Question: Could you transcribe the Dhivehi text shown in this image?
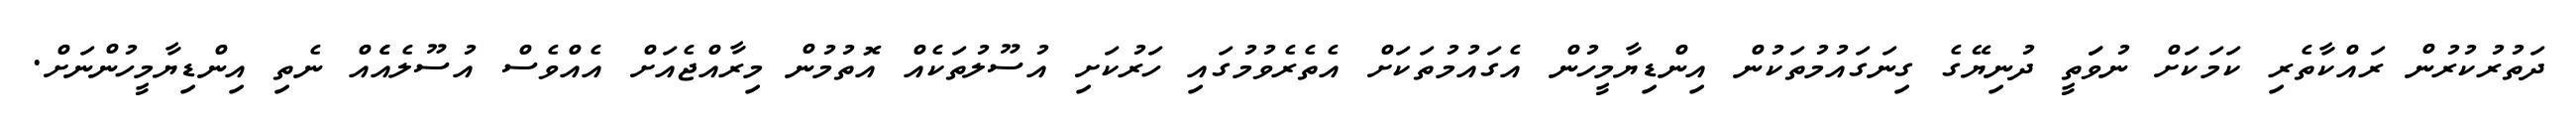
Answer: ދަތުރުކުރުން ރައްކާތެރި ކަމަކަށް ނުވަަތީ ދުނިޔޭގެ ގިނަގައުމުތަކުން އިންޑިޔާމީހުން އެގައުމުތަކަށް އެތެރެވުމުގައި ހަރުކަށި އުސޫލުތަކެއް އޮތުމުން މިރާއްޖެއަށް އެއްވެސް އުސޫލެއެެއް ނެތި އިންޑިޔާމީހުންނަށް.